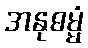
အနုဓမ္မံ